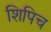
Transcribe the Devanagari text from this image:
शिपिच